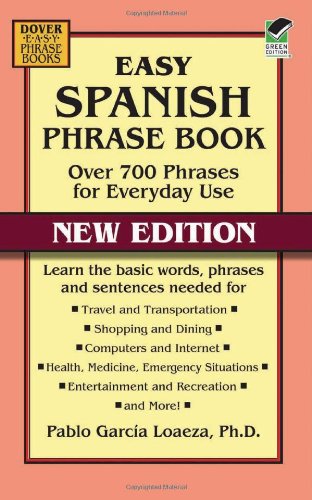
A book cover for Easy Spanish Phrase Book NEW EDITION: Over 700 Phrases for Everyday Use (Dover Large Print Classics); Pablo Garcia Loaeza; Reference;